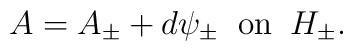
A= A_\pm + d \psi_\pm \;\;{\rm on}\;\; H_\pm.